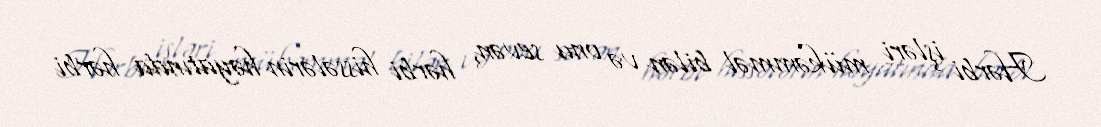
Hərbi işləri mükəmməl bilən və onu sevən, hərbi hissələrin həyatında hərbi